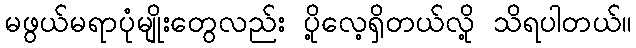
မဖွယ်မရာပုံမျိုးတွေလည်း ပို့လေ့ရှိတယ်လို့ သိရပါတယ်။